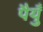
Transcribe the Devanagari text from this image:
पैयुँ